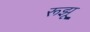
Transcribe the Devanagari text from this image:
रूझू